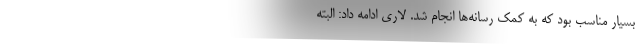
بسیار مناسب بود که به کمک رسانه‌ها انجام شد. لاری ادامه داد: البته